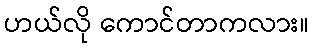
ဟယ်လို ကောင်တာကလား။